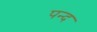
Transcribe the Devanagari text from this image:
पन्द